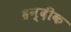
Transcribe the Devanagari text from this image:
हन्दीक